Lunatic asylums Punjab 1881-1894 - 1881-1894
Year: 1881
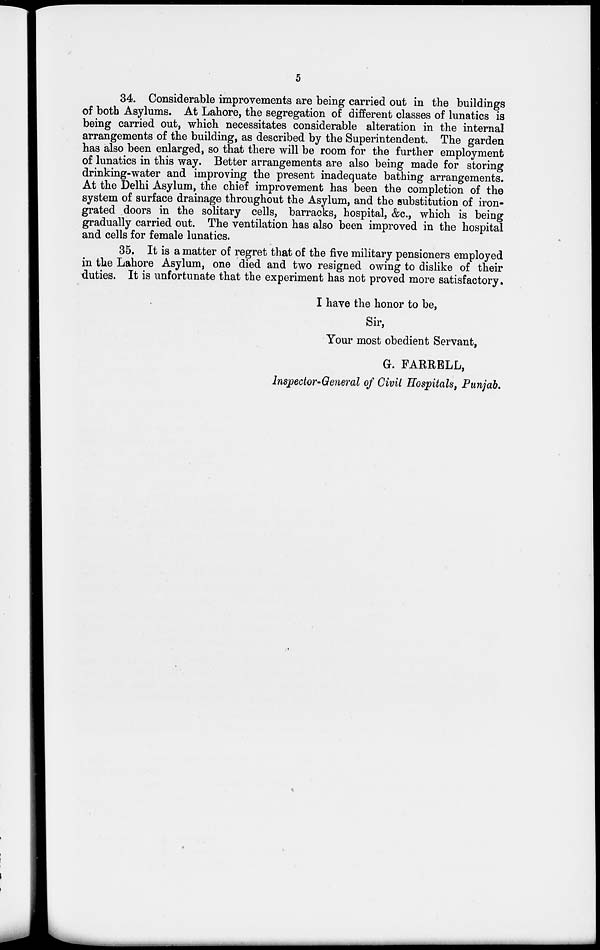
5
34. Considerable improvements are being carried out in the buildings
of both Asylums. At Lahore, the segregation of different classes of lunatics is
being carried out, which necessitates considerable alteration in the internal
arrangements of the building, as described by the Superintendent. The garden
has also been enlarged, so that there will be room for the further employment
of lunatics in this way. Better arrangements are also being made for storing
drinking-water and improving the present inadequate bathing arrangements.
At the Delhi Asylum, the chief improvement has been the completion of the
system of surface drainage throughout the Asylum, and the substitution of iron-
grated doors in the solitary cells, barracks, hospital, &c., which is being
gradually carried out. The ventilation has also been improved in the hospital
and cells for female lunatics.
35. It is a matter of regret that of the five military pensioners employed
in the Lahore Asylum, one died and two resigned owing to dislike of their
duties. It is unfortunate that the experiment has not proved more satisfactory.
I have the honor to be,
Sir,
Your most obedient Servant,
G. FARRELL,
Inspector-General of Civil Hospitals, Punjab.